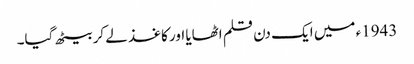
1943ء میں ایک دن قلم اٹھایا اور کاغذ لے کر بیٹھ گیا۔